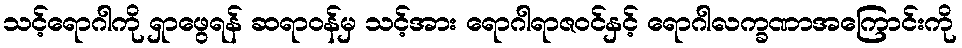
သင့်ရောဂါကို ရှာဖွေရန် ဆရာဝန်မှ သင့်အား ရောဂါရာဇဝင်နှင့် ရောဂါလက္ခဏာအကြောင်းကို